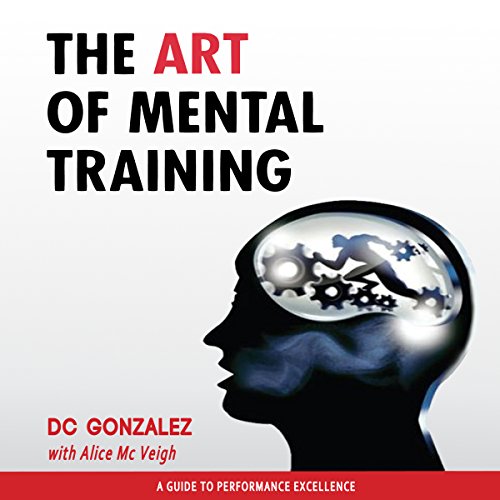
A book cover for The Art of Mental Training: A Guide to Performance Excellence, Collector's Edition; D. C. Gonzalez; Sports & Outdoors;